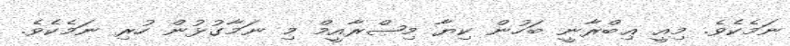
ނަމެކެވެ. މިއީ ޢިބްރާނީ ބަހުން ކިޔާ މިޞްރާއީމް މި ނަމާގުޅުން ހުރި ނަމެކެވެ.